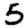
Digit: 5